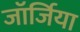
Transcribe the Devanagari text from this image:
जाॅर्जिया